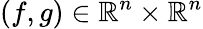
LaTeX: (f,g)\in\mathbb{R}^{n}\times\mathbb{R}^{n}